Vaccination in Bombay 1889-1901 - 1889-1901
Year: 1889
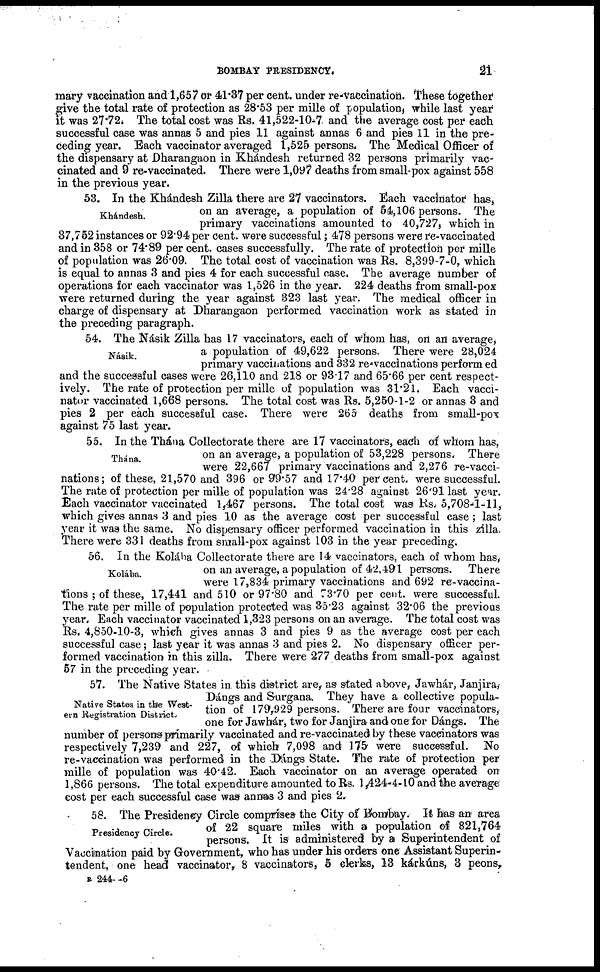
BOMBAY PRESIDENCY.
21
mary vaccination and 1,657 or 41.37 per cent. under re-vaccination. These together
give the total rate of protection as 28.53 per mille of population, while last year
it was 27.72. The total cost was Rs. 41,522-10-7. and the average cost per each
successful case was annas 5 and pies 11 against annas 6 and pies 11 in the pre-
ceding year. Each vaccinator averaged 1,525 persons. The Medical Officer of
the dispensary at Dharangaon in Khándesh returned 32 persons primarily vac-
cinated and 9 re-vaccinated. There were 1,097 deaths from small-pox against 558
in the previous year.
Khándesh.
53. In the Khándesh Zilla there are 27 vaccinators. Each vaccinator has,
on an average, a population of 54,106 persons. The
primary vaccinations amounted to 40,727, which in
37,752 instances or 92.94 per cent. were successful; 478 persons were re-vaccinated
and in 358 or 74.89 per cent. cases successfully. The rate of protection per mille
of population was 26.09. The total cost of vaccination was Rs. 8,399-7-0, which
is equal to annas 3 and pies 4 for each successful case. The average number of
operations for each vaccinator was 1,526 in the year. 224 deaths from small-pox
were returned during the year against 323 last year. The medical officer in
charge of dispensary at Dharangaon performed vaccination work as stated in
the preceding paragraph.
Násik.
54. The Násik Zilla has 17 vaccinators, each of whom has, on an average,
a population of 49,622 persons. There were 28,024
primary vaccinations and 332 re-vaccinations performed
and the successful cases were 26,110 and 218 or 93.17 and 65.66 per cent respect-
ively. The rate of protection per mille of population was 31.21. Each vacci-
nator vaccinated 1,668 persons. The total cost was Rs. 5,250-1-2 or annas 3 and
pies 2 per each successful case. There were 265 deaths from small-pox
against 75 last year.
Thána.
55. In the Thána Collectorate there are 17 vaccinators, each of whom has,
on an average, a population of 53,228 persons. There
were 22,667 primary vaccinations and 2,276 re-vacci-
nations; of these, 21,570 and 396 or 99.57 and 17.40 per cent. were successful.
The rate of protection per mille of population was 24.28 against 26.91 last year.
Each vaccinator vaccinated 1,467 persons. The total cost was Rs. 5,708-1-11,
which gives annas 3 and pies 10 as the average cost per successful case; last
year it was the same. No dispensary officer performed vaccination in this zilla.
There were 331 deaths from small-pox against 103 in the year preceding.
Kolába.
56. In the Kolába Collectorate there are 14 vaccinators, each of whom has,
on an average, a population of 42,491 persons. There
were 17,834 primary vaccinations and 692 re-vaccina-
tions ; of these, 17,441 and 510 or 97.80 and 73.70 per cent. were successful.
The rate per mille of population protected was 35.23 against 32.06 the previous
year. Each vaccinator vaccinated 1,323 persons on an average. The total cost was
Rs. 4,850-10-3, which gives annas 3 and pies 9 as the average cost per each
successful case; last year it was annas 3 and pies 2. No dispensary officer per-
formed vaccination in this zilla. There were 277 deaths from small-pox against
57 in the preceding year.
Native States in the West-
ern Registration District.
57. The Native States in this district are, as stated above, Jawhár, Janjira,
Dángs and Surgana. They have a collective popula-
tion of 179,929 persons. There are four vaccinators,
one for Jawhár, two for Janjira and one for Dángs. The
number of persons primarily vaccinated and re-vaccinated by these vaccinators was
respectively 7,239 and 227, of which 7,098 and 175 were successful. No
re-vaccination was performed in the Dángs State. The rate of protection per
mille of population was 40.42. Each vaccinator on an average operated on
1,866 persons. The total expenditure amounted to Rs. 1,424-4-10 and the average
cost per each successful case was annas 3 and pies 2.
Presidency Circle.
58. The Presidency Circle comprises the City of Bombay. It has an area
of 22 square miles with a population of 821,764
persons. It is administered by a Superintendent of
Vaccination paid by Government, who has under his orders one Assistant Superin-
tendent, one head vaccinator, 8 vaccinators, 5 clerks, 13 kárkúns, 3 peons,
B 244—6